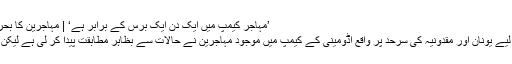
’مہاجر کیمپ میں ایک دن ایک برس کے برابر ہے‘ | مہاجرین کا بحران | DW | 02.04.2016
باہر سے دیکھنے والوں کے لیے یونان اور مقدونیہ کی سرحد پر واقع اڈومینی کے کیمپ میں موجود مہاجرین نے حالات سے بظاہر مطابقت پیدا کر لی ہے لیکن حقیقت اس کے برعکس ہے۔